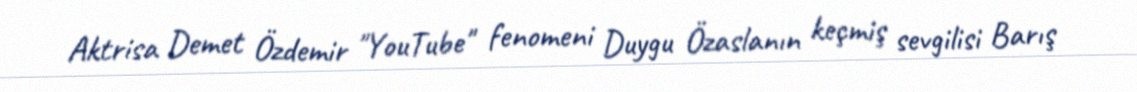
Aktrisa Demet Özdemir "YouTube" fenomeni Duygu Özaslanın keçmiş sevgilisi Barış